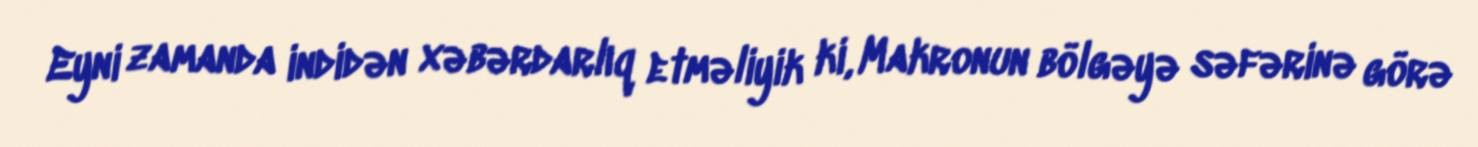
Eyni zamanda indidən xəbərdarlıq etməliyik ki, Makronun bölgəyə səfərinə görə